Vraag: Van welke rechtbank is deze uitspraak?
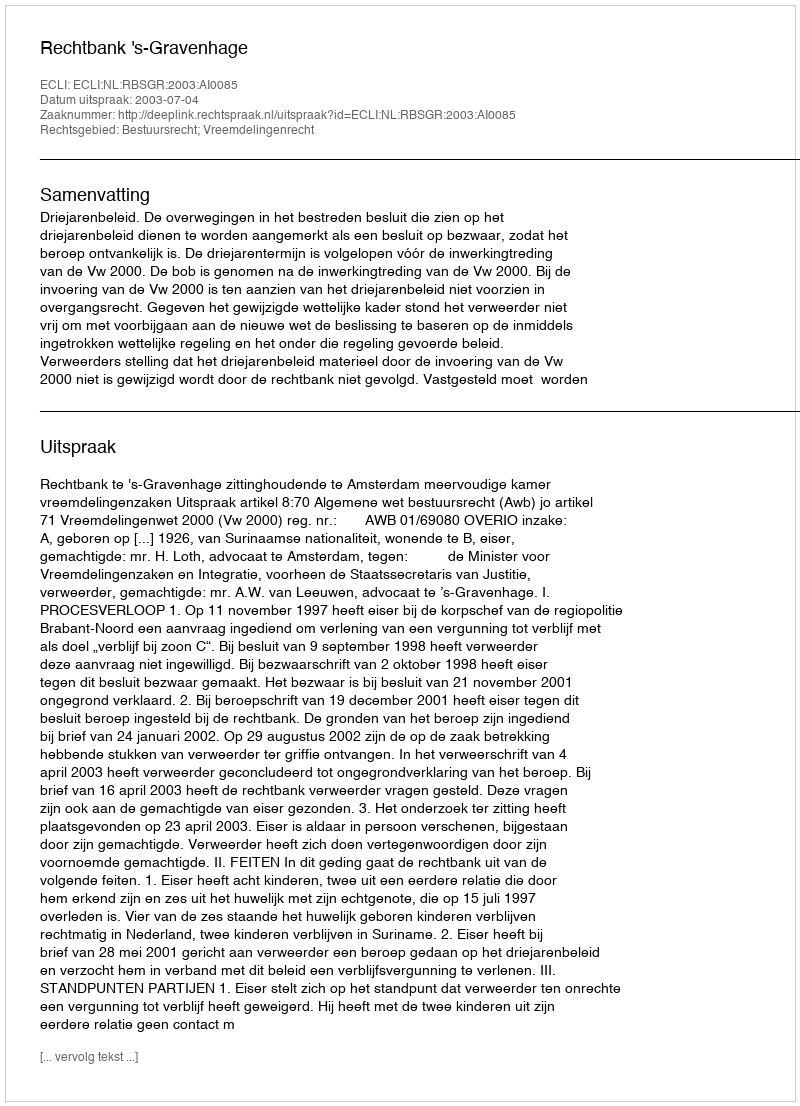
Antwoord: Rechtbank 's-Gravenhage